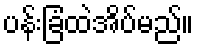
ပန်းခြံထဲအိပ်မည်။